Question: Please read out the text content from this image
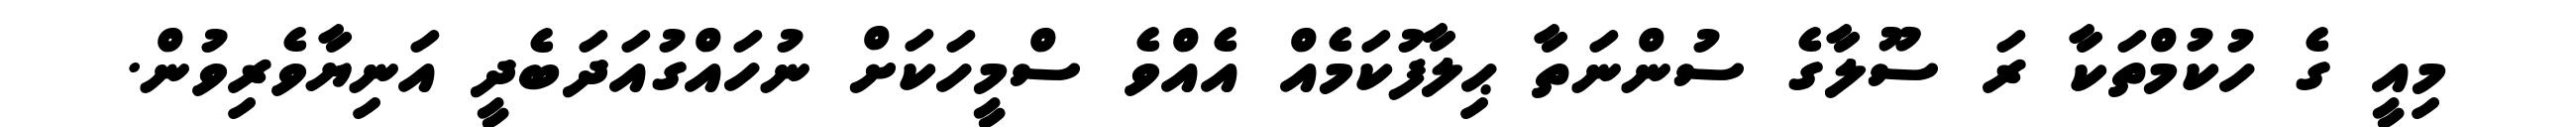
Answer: މިއީ ގެ ހުކުމްތަކާ ރަ ސޫލާގެ ސުންނަތާ ޙިލާފުކަމެއް އެއްވެ ސްމީހަކަށް ނުހައްގުއަދަބެދީ އަނިޔާވެރިވުން.